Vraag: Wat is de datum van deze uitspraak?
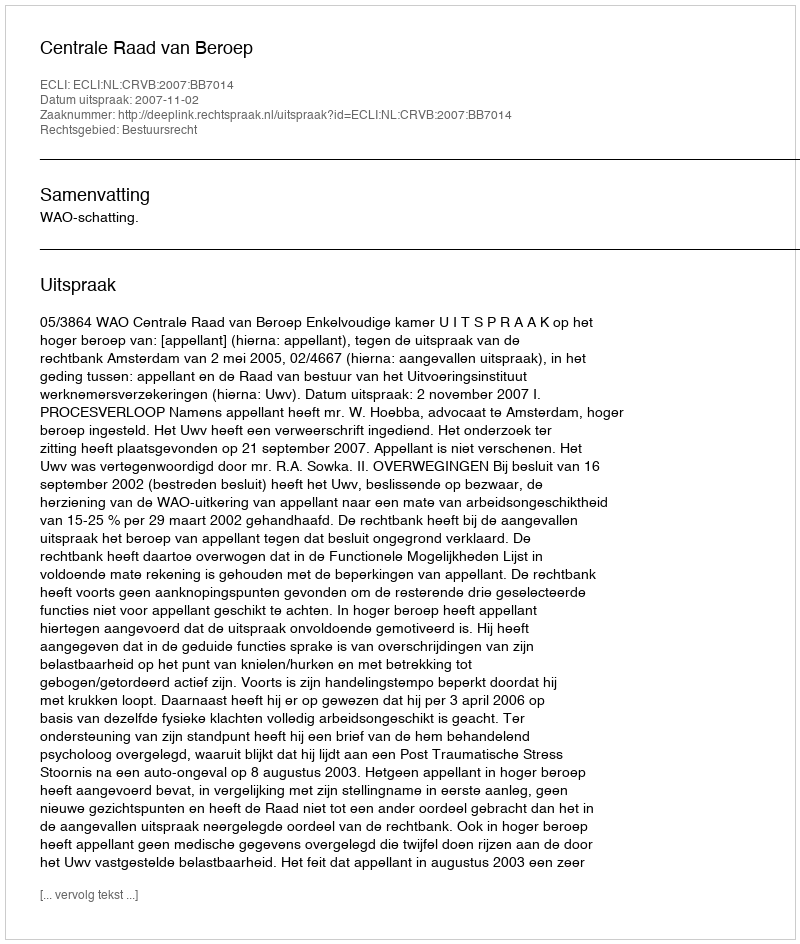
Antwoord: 2007-11-02